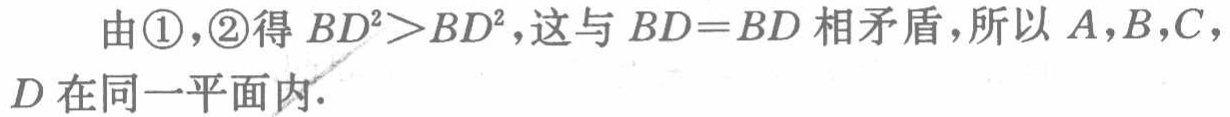
由\textcircled{1}，\textcircled{2}得 \(BD^{2}>BD^{2}\)，这与 \(BD = BD\) 相矛盾，所以 \(A\)，\(B\)，\(C\)，\(D\) 在同一平面内.